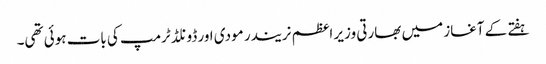
ہفتے کے آغاز میں بھارتی وزیر اعظم نریندر مودی اور ڈونلڈ ٹرمپ کی بات ہوئی تھی۔